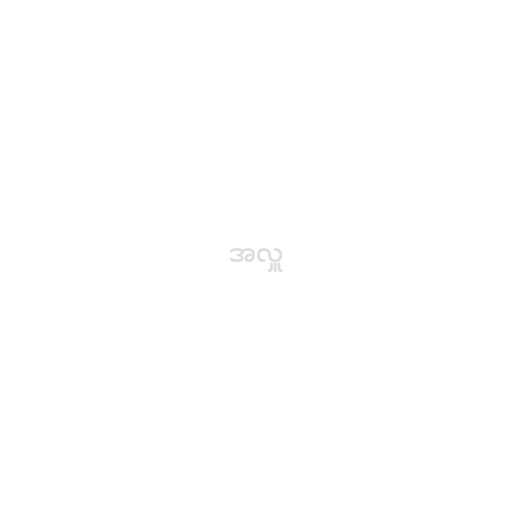
အလှူ